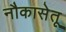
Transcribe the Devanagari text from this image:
नौकासेतू